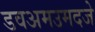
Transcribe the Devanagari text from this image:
डवअमउमदजे